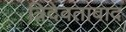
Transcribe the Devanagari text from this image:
त्रिदेवतावाद